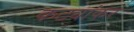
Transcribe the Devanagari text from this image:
कट्यांकर